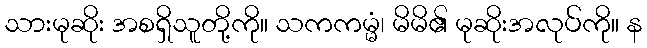
သားမုဆိုး အစရှိသူတို့ကို။ သကကမ္မံ၊ မိမိ၏ မုဆိုးအလုပ်ကို။ န